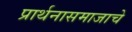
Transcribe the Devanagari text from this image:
प्रार्थनासमाजाचे